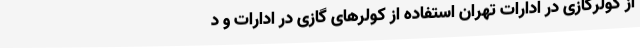
از کولرگازی در ادارات تهران استفاده از کولرهای گازی در ادارات و د